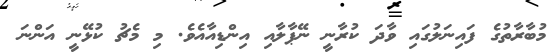
މުބާރާތުގެ ފައިނަލުގައި ވާދަ ކުރާނީ ނޭޕާލާއި އިންޑިއާއެވެ. މި މެޗު ކުޅޭނީ އަންނަ